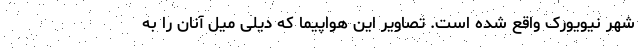
شهر نیویورک واقع شده است. تصاویر این هواپیما که دیلی میل آنان را به